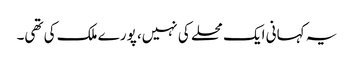
یہ کہانی ایک محلے کی نہیں، پورے ملک کی تھی۔